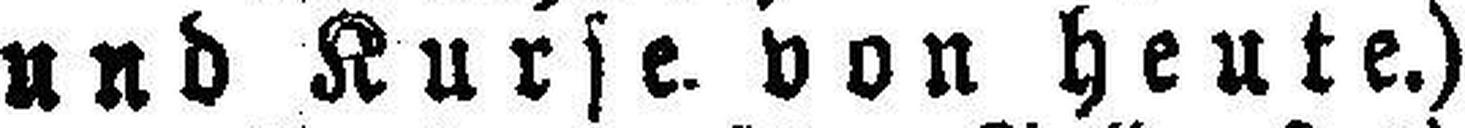
und Kurse, von heute.)